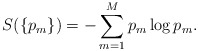
\begin{align*}S(\{p_m\}) = -\sum_{m=1}^M p_m \log p_m.\end{align*}